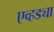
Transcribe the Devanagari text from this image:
एव्हड्या